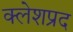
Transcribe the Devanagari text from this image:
क्लेशप्रद